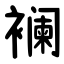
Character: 襕